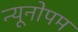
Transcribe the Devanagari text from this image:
न्यूनोपम